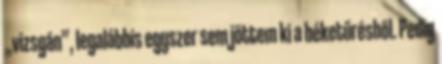
„vizsgán”, legalábbis egyszer sem jöttem ki a béke­tű­résből. Pedig